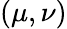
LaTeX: (\mu,\nu)